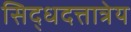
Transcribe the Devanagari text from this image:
सिद्धदत्तात्रेय